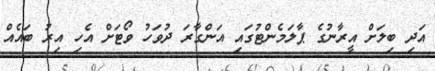
އަދި ބިލަށް އީރާނުގެ ޕާލަމެންޓުގައި އަންގާރަ ދުވަހު ވޯޓަށް އެހި އިރު ބައެއް